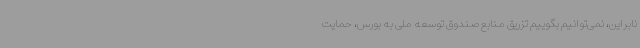
نابراین، نمی‌توانیم بگوییم تزریق منابع صندوق توسعه ملی به بورس، حمایت